Annual report of the Punjab Veterinary College and of the Civil Veterinary Department, Punjab - 1926-1932
Year: 1926
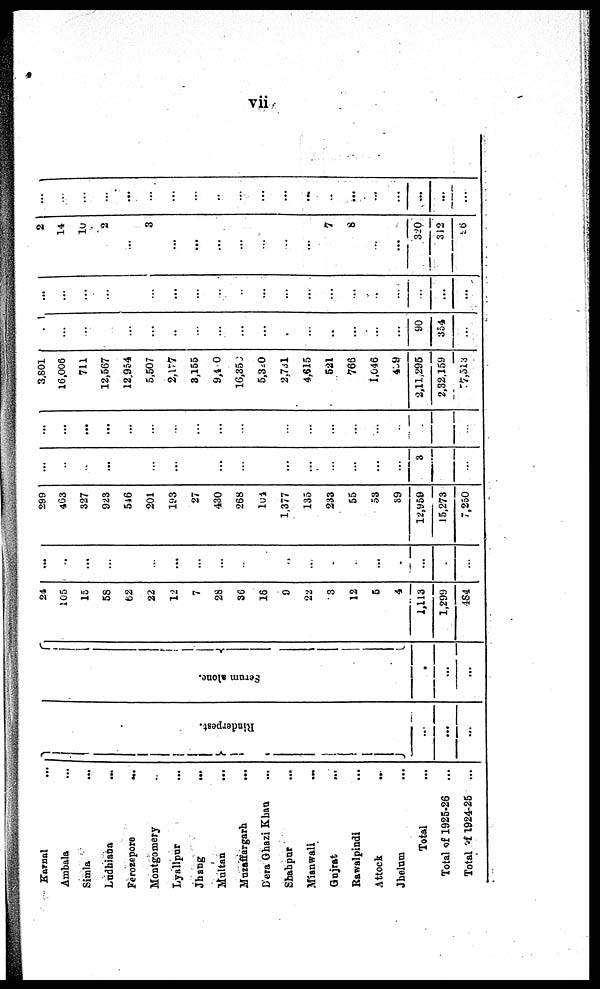
vii
Karnal ...
Ambala ...
Simla
...
Ludhiana ...
Ferozepore
...
Montgomery ..
Lyallpur ...
Jhang
...
Multan
...
Muzaffargarh
...
Dera Ghazi Khan ...
Shahpur ...
Mianwali ...
Gujrat
...
Rawalpindi ...
Attock ...
Jhelum ...
Total ...
Total of 1925-26
...
Total of 1924-25
...
Rinderpest.
...
...
...
Se r
um alone.
.
...
...
24
105
15
58
62
22
12
7
28
36
16
9
22
3
12
5
4
1,113
1,299
484
...
..
...
...
...
...
...
...
...
...
...
...
..
..
.
...
...
...
..
...
299
463
327
923
546
201
193
27
430
268
164
1,377
135
233
55
53
39
12,959
15,273
7,250
...
...
..
...
...
...
...
...
...
...
...
...
...
...
3
...
...
...
...
...
...
...
...
...
...
...
...
...
...
...
.
3,801
16,006
711
12,567
12.954
5,507
2.177
3,155
9,4 0
16,350
5,320
2,731
4,615
521
766
1,046
439
2,11,295
2,32,159
77,313
...
...
...
...
...
...
..
...
...
...
...
...
...
..
...
...
...
90
354
...
...
...
...
...
...
...
...
...
...
...
...
...
...
...
...
..
...
...
...
...
2
14
10
2
...
3
...
...
...
...
...
...
...
7
8
...
...
320
312
26
...
...
...
...
...
...
...
...
...
...
...
...
...
..
...
...
...
...
...
...